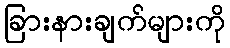
ခြားနားချက်များကို